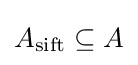
A_{\operatorname {sift} }\subseteq A